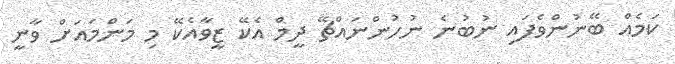
ކަމެއް ބޭނުންވެފައި ނުބުނެ ނުހުންނައްޗޭ ދީމް އެކޭ ޒީވާއެކޭ މި މަންމައަށް ވާނީ